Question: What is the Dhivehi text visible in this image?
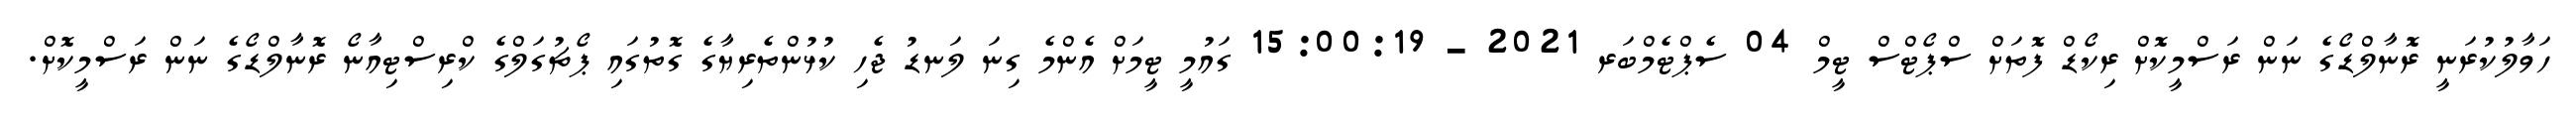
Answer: ހަވާލުކުރަނީ ރޮނާލްޑޯގެ ނަން ރަސްމީކޮށް ރިކޯޑް ފޮތަށް ސްޕޯޓްސް ޓީމް 04 ސެޕްޓެމްބަރ 2021 - 15:00:19 ގައުމީ ޓީމަށް އެންމެ ގިނަ ލަނޑު ޖެހި ކުޅުންތެރިޔާގެ ގޮތުގައި ޕޯޗުގަލްގެ ކްރިސްޓިއާނޯ ރޮނާލްޑޯގެ ނަން ރަސްމީކޮށް.